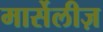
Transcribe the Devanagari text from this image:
मार्सेलीज़